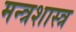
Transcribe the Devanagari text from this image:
मन्त्रशास्त्र